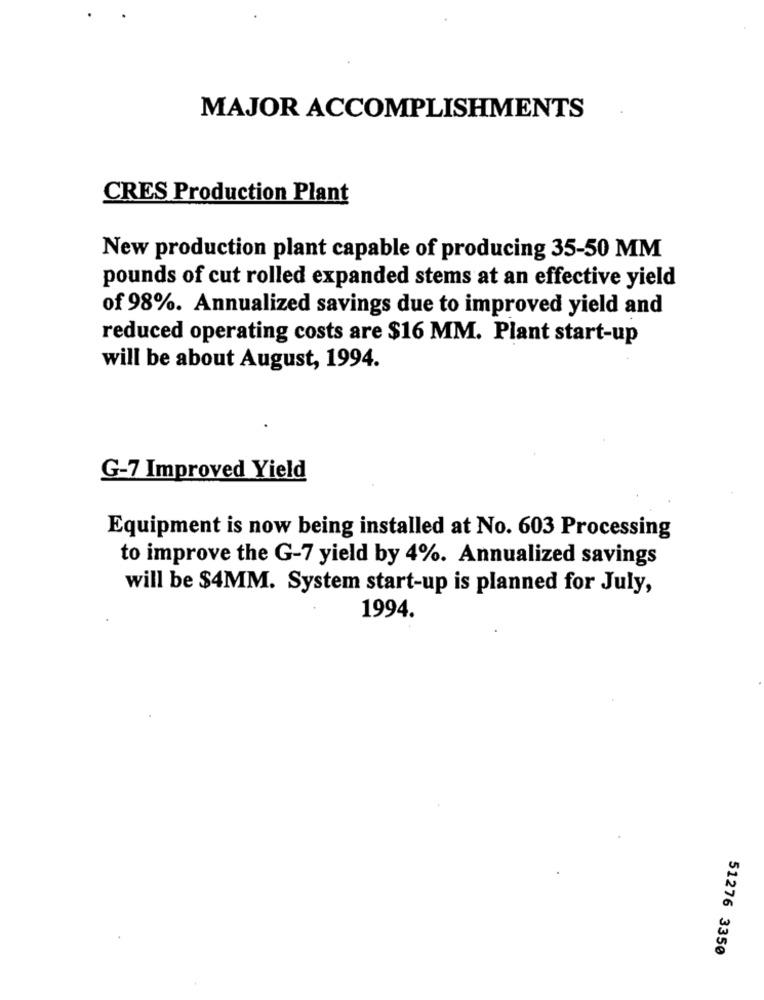
MAJOR ACCOMPLISHMENTS
CRES Production Plant
New production plant capable of producing 35-50 MM
pounds of cut rolled expanded stems at an effective yield
of 98%. Annualized savings due to improved yield and
reduced operating costs are $16 MM. Plant start-up
will be about August, 1994.
G-7 Improved Yield
Equipment is now being installed at No. 603 Processing
to improve the G-7 yield by 4%. Annualized savings
will be $4MM. System start-up is planned for July,
1994.
51276 3350